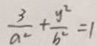
\frac { 3 } { a ^ { 2 } } + \frac { y ^ { 2 } } { b ^ { 2 } } = 1